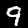
Digit: 9